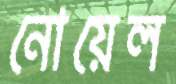
নোয়েল